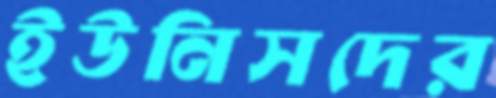
ইউনিসদের